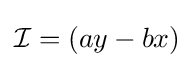
{\mathcal {I}}=(ay-bx)